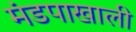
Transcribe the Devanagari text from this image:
मंडपाखाली